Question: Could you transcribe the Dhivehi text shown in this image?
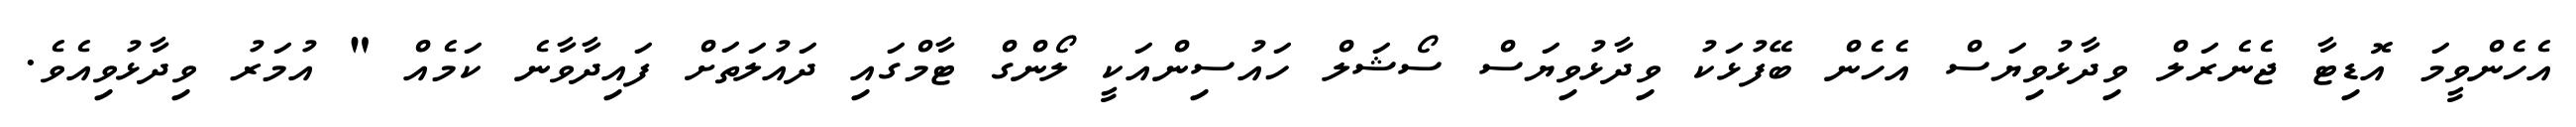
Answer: އެހެންވީމަ އޮޑިޓާ ޖެނެރަލް ވިދާޅުވިޔަސް އެހެން ބޭފުޅަކު ވިދާޅުވިޔަސް ސޯޝަލް ހައުސިންއަކީ ލޯންގް ޓާމްގައި ދައުލަތަށް ފައިދާވާނެ ކަމެއް " އުމަރު ވިދާޅުވިއެވެ.